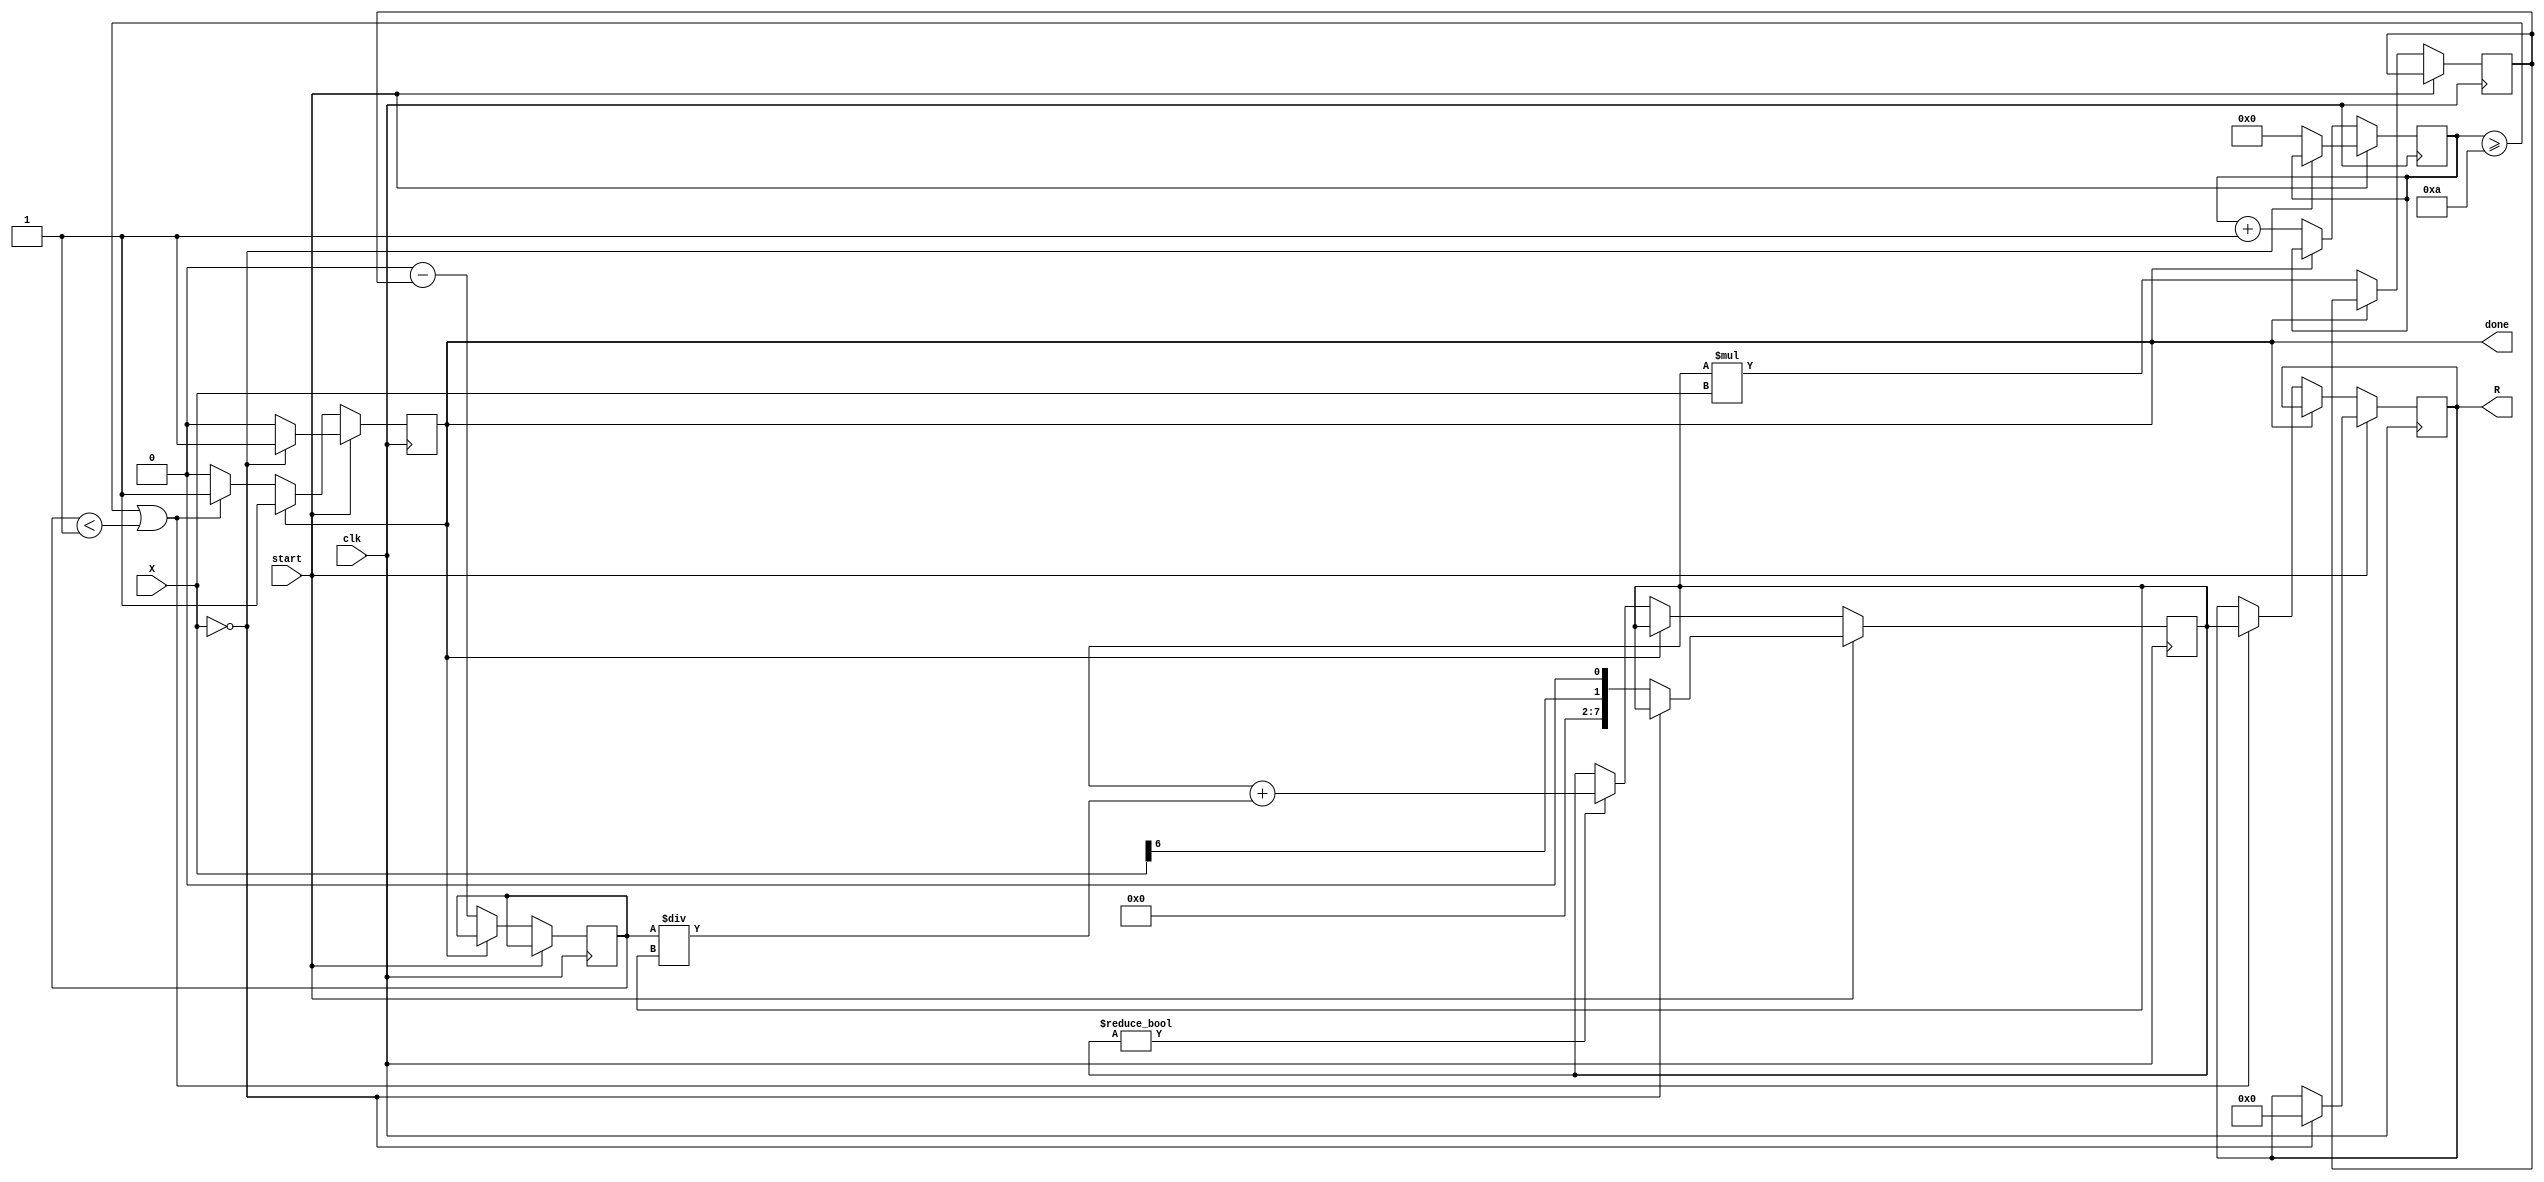
module BitwiseReciprocal #(parameter N = 8) (
    input  wire [N-1:0] X,        // Input number (N-bit unsigned integer)
    output reg  [N-1:0] R,        // Output reciprocal (N-bit unsigned integer)
    input  wire clk,              // Clock signal
    input  wire start,            // Start signal to initiate computation
    output reg done               // Done flag to indicate completion
);
    
    reg [N-1:0] approx;           // Current approximation
    reg [N-1:0] x_shift, tmp;     // Temporary variables
    reg [N-1:0] error;            // Error calculation
    reg [3:0] iteration_count;     // Iteration counter
    parameter MAX_ITERATIONS = 10; // Maximum iterations
    parameter THRESHOLD = 1;       // Convergence threshold

    always @(posedge clk) begin
        if (start) begin
            // Handle zero input
            if (X == 0) begin
                R <= 0;           // Output 0 for zero input
                done <= 1;
            end else begin
                // Initial approximation (using leading bits)
                approx <= {1'b0, X[N-1:N-2] << 1}; // Simple approximation
                iteration_count <= 0;
                done <= 0;
            end
        end else if (!done) begin
            // Iterative refinement loop
            x_shift <= X << 1; // Shift left to multiply X by 2
            tmp <= approx * X; // Product of approximation and input
            error <= (1 << N) - tmp; // Calculate error (desired 2^N - current product)

            // Update approximation using Newton-Raphson method
            if (approx != 0) begin
                approx <= approx + (error / approx); // Update approximation
            end
            
            // Increment iteration count
            iteration_count <= iteration_count + 1;

            // Check for convergence
            if (iteration_count >= MAX_ITERATIONS || (error < THRESHOLD)) begin
                R <= approx;     // Output the final approximation
                done <= 1;       // Signal completion
            end
        end
    end
endmodule